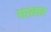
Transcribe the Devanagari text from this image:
घालाव